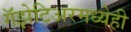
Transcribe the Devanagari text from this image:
गॅझेटिअरमध्येही